Scientific memoirs by medical officers of the Army of India - Part IV,
Year: 1889
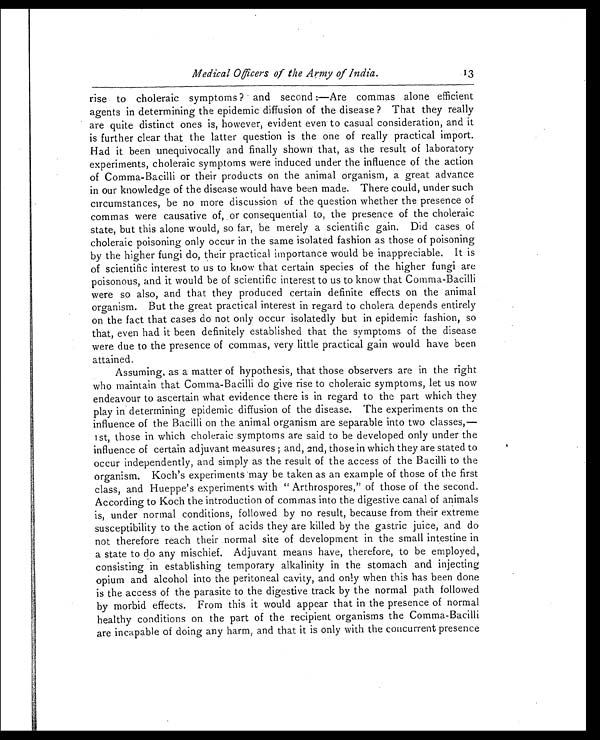
Medical Officers of the Army of India.
13
rise to choleraic symptoms? and second:—Are commas alone efficient
agents in determining the epidemic diffusion of the disease? That they really
are quite distinct ones is, however, evident even to casual consideration, and it
is further clear that the latter question is the one of really practical import.
Had it been unequivocally and finally shown that, as the result of laboratory
experiments, choleraic symptoms were induced under the influence of the action
of Comma-Bacilli or their products on the animal organism, a great advance
in our knowledge of the disease would have been made. There could, under such
circumstances, be no more discussion of the question whether the presence of
commas were causative of, or consequential to, the presence of the choleraic
state, but this alone would, so far, be merely a scientific gain. Did cases of
choleraic poisoning only occur in the same isolated fashion as those of poisoning
by the higher fungi do, their practical importance would be inappreciable. It is
of scientific interest to us to know that certain species of the higher fungi are
poisonous, and it would be of scientific interest to us to know that Comma-Bacilli
were so also, and that they produced certain definite effects on the animal
organism. But the great practical interest in regard to cholera depends entirely
on the fact that cases do not only occur isolatedly but in epidemic fashion, so
that, even had it been definitely established that the symptoms of the disease
were due to the presence of commas, very little practical gain would have been
attained.
Assuming, as a matter of hypothesis, that those observers are in the right
who maintain that Comma-Bacilli do give rise to choleraic symptoms, let us now
endeavour to ascertain what evidence there is in regard to the part which they
play in determining epidemic diffusion of the disease. The experiments on the
influence of the Bacilli on the animal organism are separable into two classes,—
1st, those in which choleraic symptoms are said to be developed only under the
influence of certain adjuvant measures; and, 2nd, those in which they are stated to
occur independently, and simply as the result of the access of the Bacilli to the
organism. Koch's experiments may be taken as an example of those of the first
class, and Hueppe's experiments with "Arthrospores," of those of the second.
According to Koch the introduction of commas into the digestive canal of animals
is, under normal conditions, followed by no result, because from their extreme
susceptibility to the action of acids they are killed by the gastric juice, and do
not therefore reach their normal site of development in the small intestine in
a state to do any mischief. Adjuvant means have, therefore, to be employed,
consisting in establishing temporary alkalinity in the stomach and injecting
opium and alcohol into the peritoneal cavity, and only when this has been done
is the access of the parasite to the digestive track by the normal path followed
by morbid effects. From this it would appear that in the presence of normal
healthy conditions on the part of the recipient organisms the Comma-Bacilli
are incapable of doing any harm, and that it is only with the concurrent presence